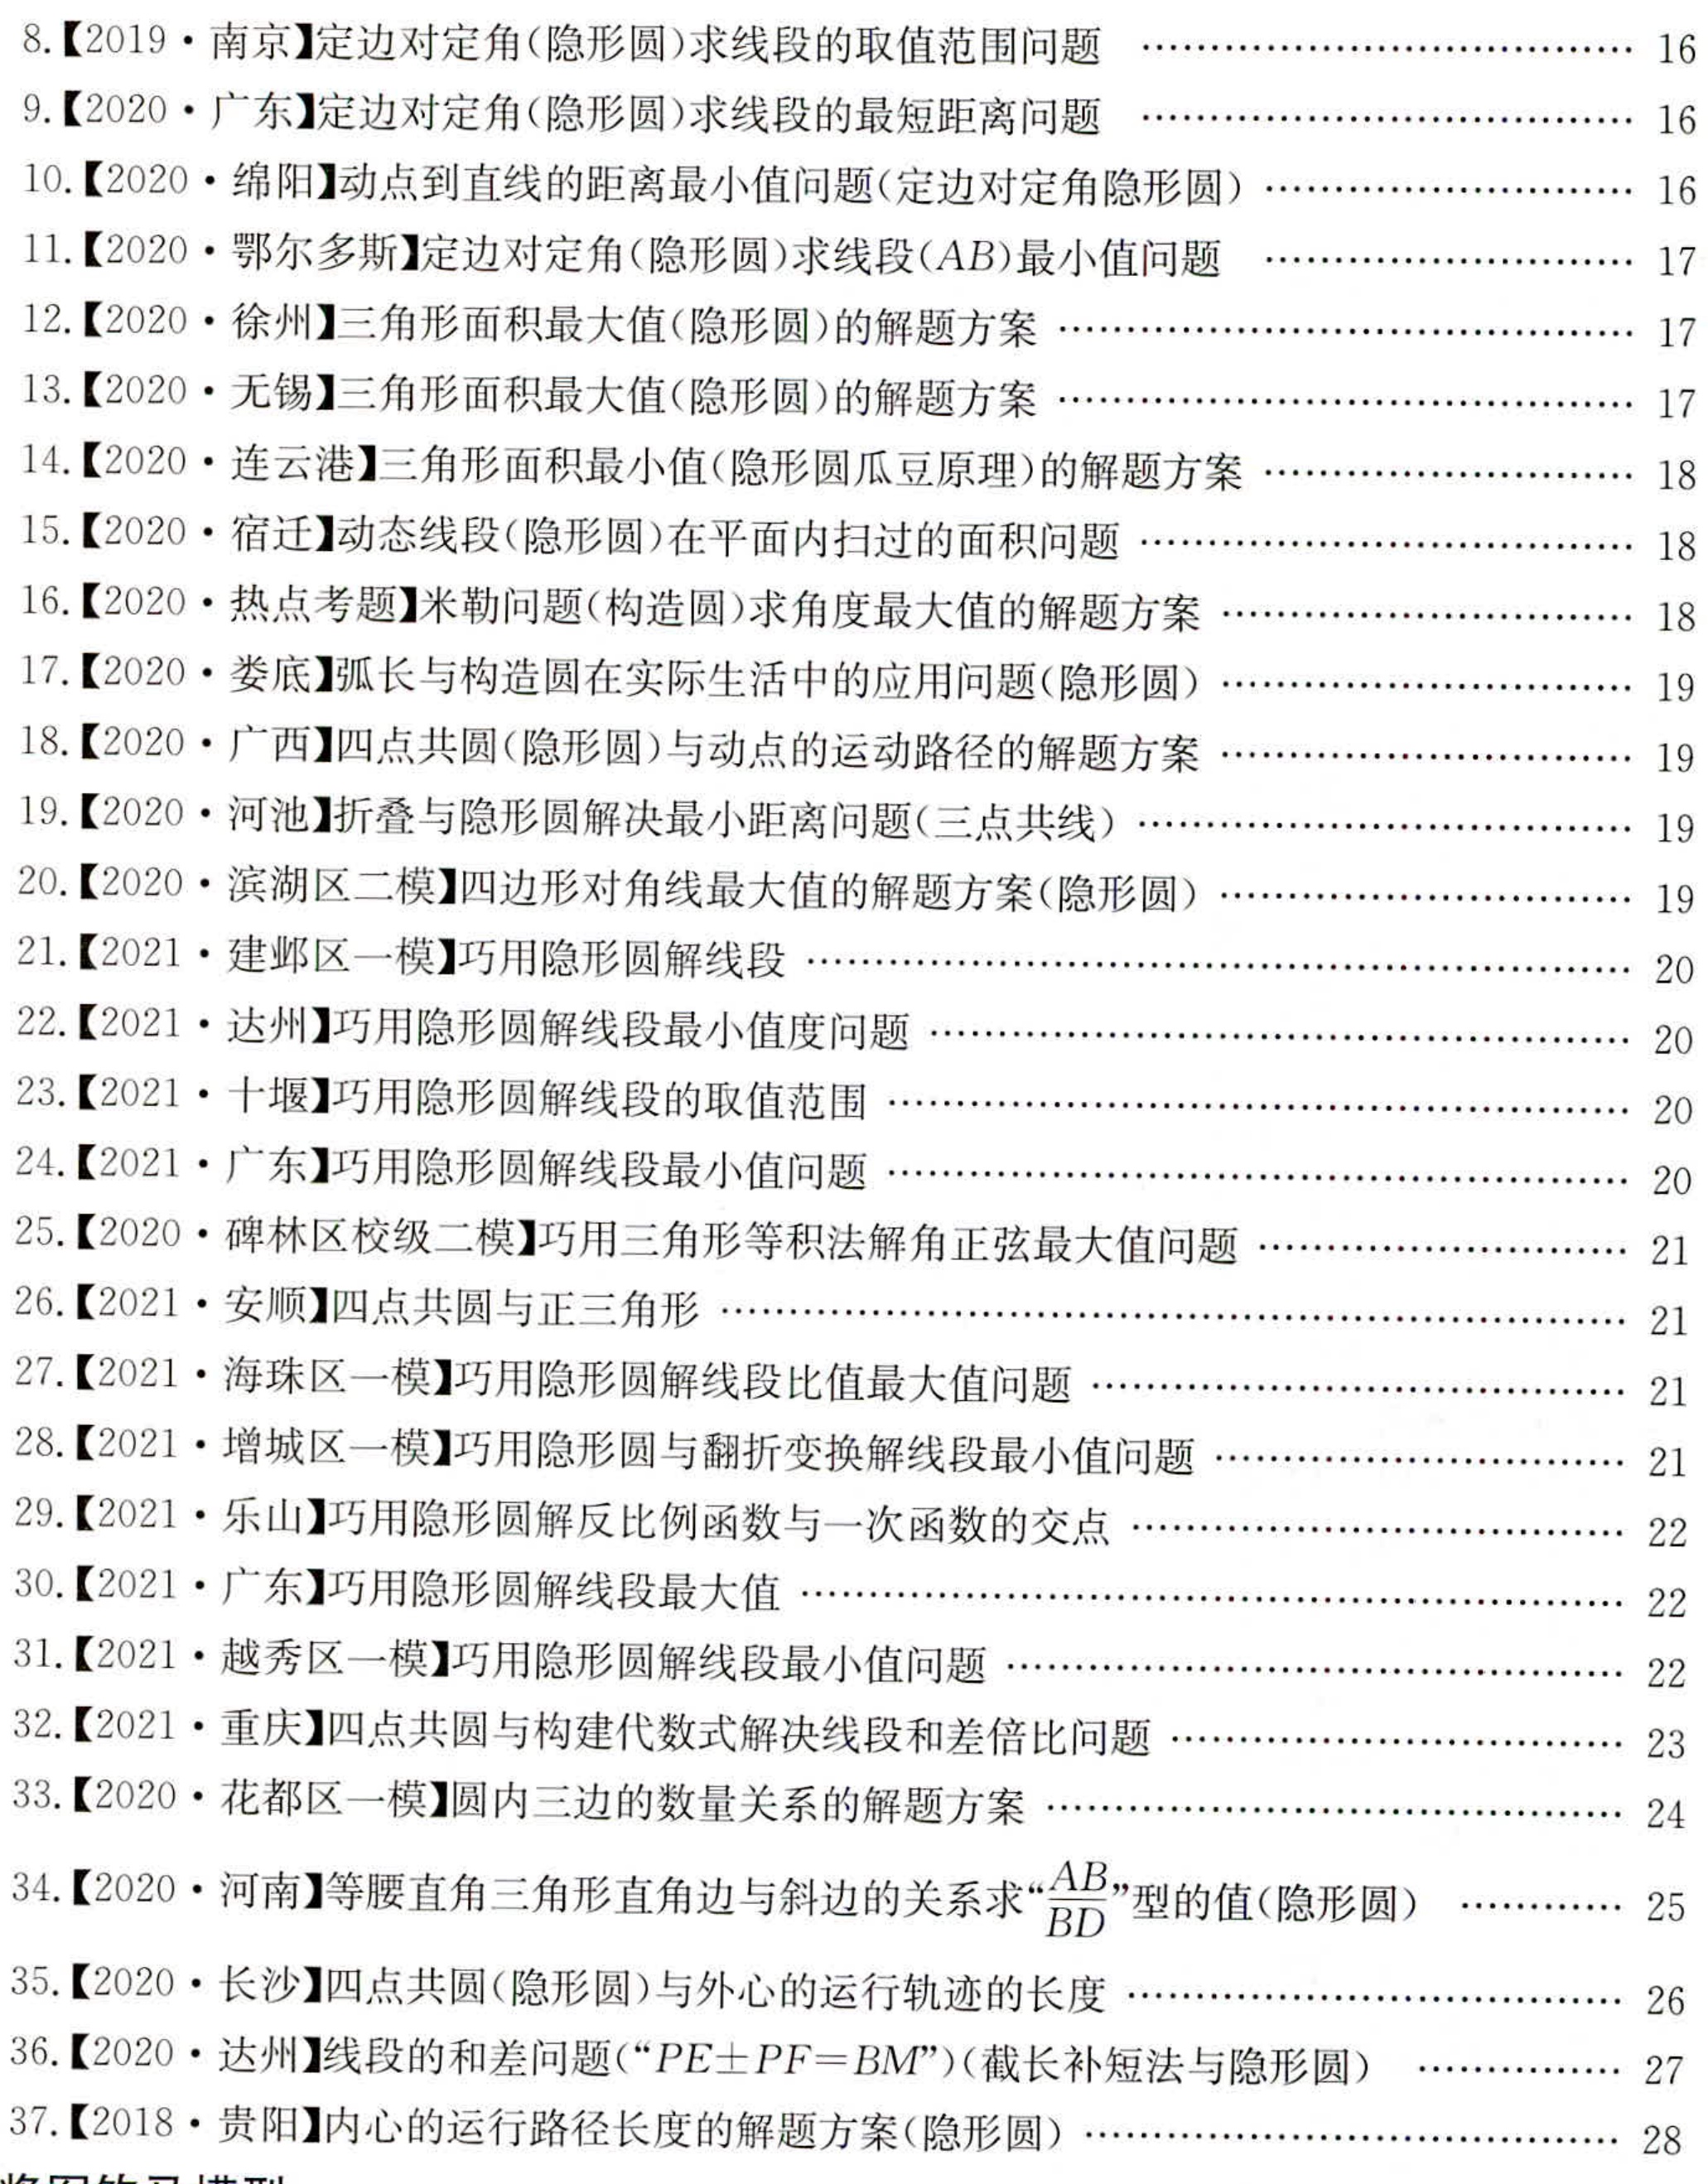
\begin{enumerate}

\item [8.]【2019·南京】定边对对角(隐形圆)求线段的取值范围问题 \hfill 16

\item [9.]【2020·广东】定边对对角(隐形圆)求线段的最短距离问题 \hfill 16

\item [10.]【2020·绵阳】动点到直线的距离最小值问题(定边对对角隐形圆) \hfill 16

\item [11.]【2020·鄂尔多斯】定边对对角(隐形圆)线段($AB$)最小值问题 \hfill 17

\item [12.]【2020·徐州】三角形面积最大值(隐形圆)的解题方案 \hfill 17

\item [13.]【2020·无锡】三角形面积最大值(隐形圆)的解题方案 \hfill 17

\item [14.]【2020·连云港】三角形面积最小值(隐形圆瓜豆原理)的解题方案 \hfill 18

\item [15.]【2020·宿迁】动态线段(隐形圆)在平面内扫过的面积问题 \hfill 18

\item [16.]【2020·热点考题】米勒问题(构造圆)求角度最大值的解题方案 \hfill 18

\item [17.]【2020·娄底】弧长与构造圆在实际生活中的应用问题(隐形圆) \hfill 19

\item [18.]【2020·广西】四点共圆(隐形圆)与动点的运动路径的解题方案 \hfill 19

\item [19.]【2020·河池】折叠与隐形圆解决最小距离问题(三点共线) \hfill 19

\item [20.]【2020·滨湖区二模】四边形对角线最大值的解题方案(隐形圆) \hfill 19

\item [21.]【2021·建邺区一模】巧用隐形圆解线段 \hfill 20

\item [22.]【2021·达州】巧用隐形圆解线段最小值问题 \hfill 20

\item [23.]【2021·十堰】巧用隐形圆解线段的取值范围 \hfill 20

\item [24.]【2021·广东】巧用隐形圆解线段最小值问题 \hfill 20

\item [25.]【2020·碑林区校级二模】巧用三角形等积法解角正弦最大值问题 \hfill 20

\item [26.]【2021·安顺】四点共圆与正三角形  \hfill 21

\item [27.]【2021·海珠区一模】巧用隐形圆解线段比值最大值问题 \hfill 21

\item [28.]【2021·增城区一模】巧用隐形圆与翻折变换解线段最小值问题 \hfill 21

\item [29.]【2021·乐山】巧用隐形圆解反比例函数与一次函数的交点 \hfill 22

\item [30.]【2021·广东】巧用隐形圆解线段最大值  \hfill 22

\item [31.]【2021·越秀区一模】巧用隐形圆解线段最小值问题 \hfill 22

\item [32.]【2021·重庆】四点共圆与构建代数式解决线段和差倍比问题 \hfill 23

\item [33.]【2020·花都区一模】圆内三边的数量关系的解题方案 \hfill 24

\item [34.]【2020·河南】等腰直角三角形直角边与斜边的关系求“\(\frac{AB}{BD}\)”型的值(隐形圆) \hfill 25

\item [35.]【2020·长沙】四点共圆(隐形圆)与外心的运行轨迹的长度 \hfill 26

\item [36.]【2020·达州】线段的和差问题(“\(PE\pm PF = BM\)”)(截长补短法与隐形圆) \hfill 27

\item [37.]【2018·贵阳】内心的运行路径长度的解题方案(隐形圆) \hfill 28

\end{enumerate}